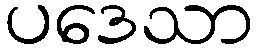
ပဒေသာ